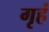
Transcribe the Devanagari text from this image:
गृहं